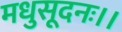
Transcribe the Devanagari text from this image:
मधुसूदनः।।